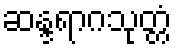
ဆန္ဒရာဂသုတ္တံ